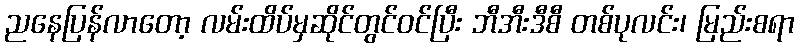
ညနေပြန်လာတော့ လမ်းထိပ်မှဆိုင်တွင်ဝင်ပြီး ဘီအီးဒီစီ တစ်ပုလင်း၊ မြည်းစရာ